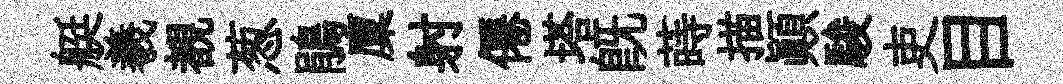
艇羲覩葱鵑廩射僊塔旣蒔描顛駿吏目